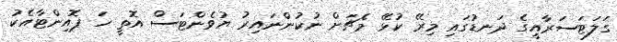
ގަލަޓަސަރާއީގެ ދަނޑުގައި މިރޭ ކުޅޭ މެޗަށް ނުކުންނައިރު ޔުވެންޓަސް އޮތީ ހަ ޕޮއިންޓާއެކު